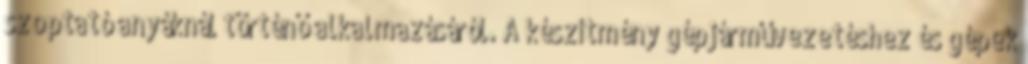
szoptató anyáknál történő alkalmazásáról. A készítmény gépjárművezetéshez és gépek